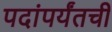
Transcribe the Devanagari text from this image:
पदांपर्यंतची